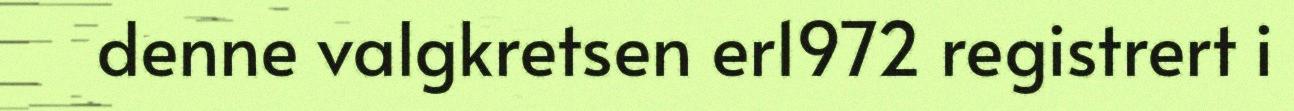
denne valgkretsen er1972 registrert i